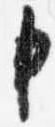
申